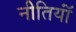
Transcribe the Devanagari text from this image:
नीतियॉं